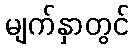
မျက်နှာတွင်